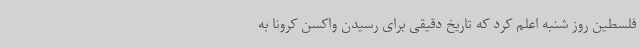
فلسطین روز شنبه اعلم کرد که تاریخ دقیقی برای رسیدن واکسن کرونا به